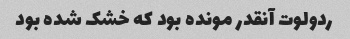
ردولوت آنقدر مونده بود که خشک شده بود